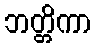
ဘတ္တိကာ